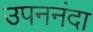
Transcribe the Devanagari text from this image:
उपननंदा